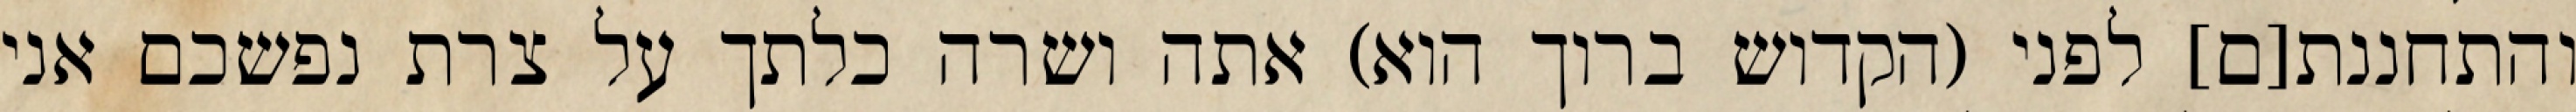
והתחננת[ם] לפני (הקדוש ברוך הוא) אתה ושרה כלתך על צרת נפשכם אני